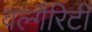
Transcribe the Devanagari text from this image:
वल्गैरिटी